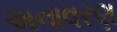
અનાવરણ